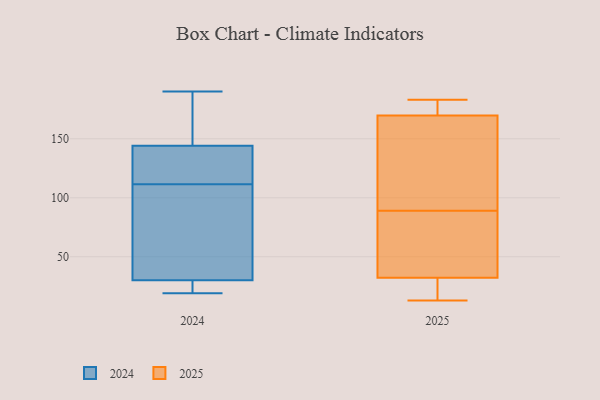
{"axis": {"x": "LTV (USD)", "y": "Value"}, "legend": ["2024", "2025"], "data": [{"x": "", "y": 140, "type": "2024"}, {"x": "", "y": 94, "type": "2024"}, {"x": "", "y": 109, "type": "2024"}, {"x": "", "y": 144, "type": "2024"}, {"x": "", "y": 30, "type": "2024"}, {"x": "", "y": 181, "type": "2024"}, {"x": "", "y": 19, "type": "2024"}, {"x": "", "y": 190, "type": "2024"}, {"x": "", "y": 114, "type": "2024"}, {"x": "", "y": 29, "type": "2024"}, {"x": "", "y": 13, "type": "2025"}, {"x": "", "y": 157, "type": "2025"}, {"x": "", "y": 183, "type": "2025"}, {"x": "", "y": 89, "type": "2025"}, {"x": "", "y": 66, "type": "2025"}, {"x": "", "y": 71, "type": "2025"}, {"x": "", "y": 21, "type": "2025"}, {"x": "", "y": 174, "type": "2025"}, {"x": "", "y": 122, "type": "2025"}, {"x": "", "y": 178, "type": "2025"}, {"x": "", "y": 16, "type": "2025"}]}